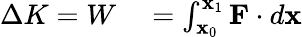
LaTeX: \begin{array}{rl}{\Delta K=W}&{{}=\int_{\mathbf{x}_{0}}^{\mathbf{x}_{1}}\mathbf{F}\cdot d\mathbf{x}}\end{array}